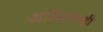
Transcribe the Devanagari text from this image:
आदिलशही